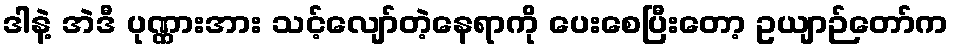
ဒါနဲ့ အဲဒီ ပုဏ္ဏားအား သင့်လျော်တဲ့နေရာကို ပေးစေပြီးတော့ ဥယျာဉ်တော်က